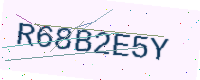
Text: R68B2E5Y